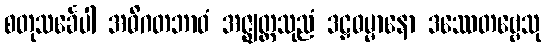
စတုသင်္ခေပါ အဓိဂတဘာဝံ အဇ္ဈတ္တသုညံ ဒဠှဓမ္မာနော ဒဿေတဗ္ဗေသု